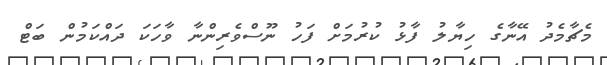
މެޗާމެދު އޭނާގެ ހިޔާލު ފާޅު ކުރުމަށް ފަހު ނޫސްވެރިންނާ ވާހަކަ ދައްކަމުން ބަޓް